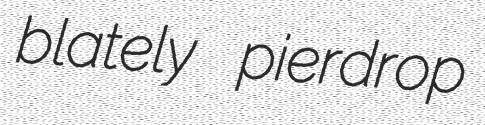
blately pierdrop